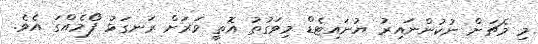
މި މެޗަށް ނުކުންނައިރު ޔުނައިޓެޑް މިވަގުތު އޮތީ ވަރަށް ރަނގަޅު ފޯމެއްގަ އެވެ.